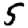
Digit: 5